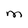
Character: M